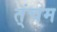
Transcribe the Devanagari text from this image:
त्ंचम